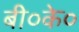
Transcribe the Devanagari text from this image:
बी०के०